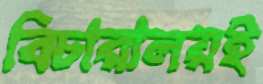
বিচারালয়ই